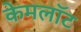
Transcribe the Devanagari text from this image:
केमलॉट